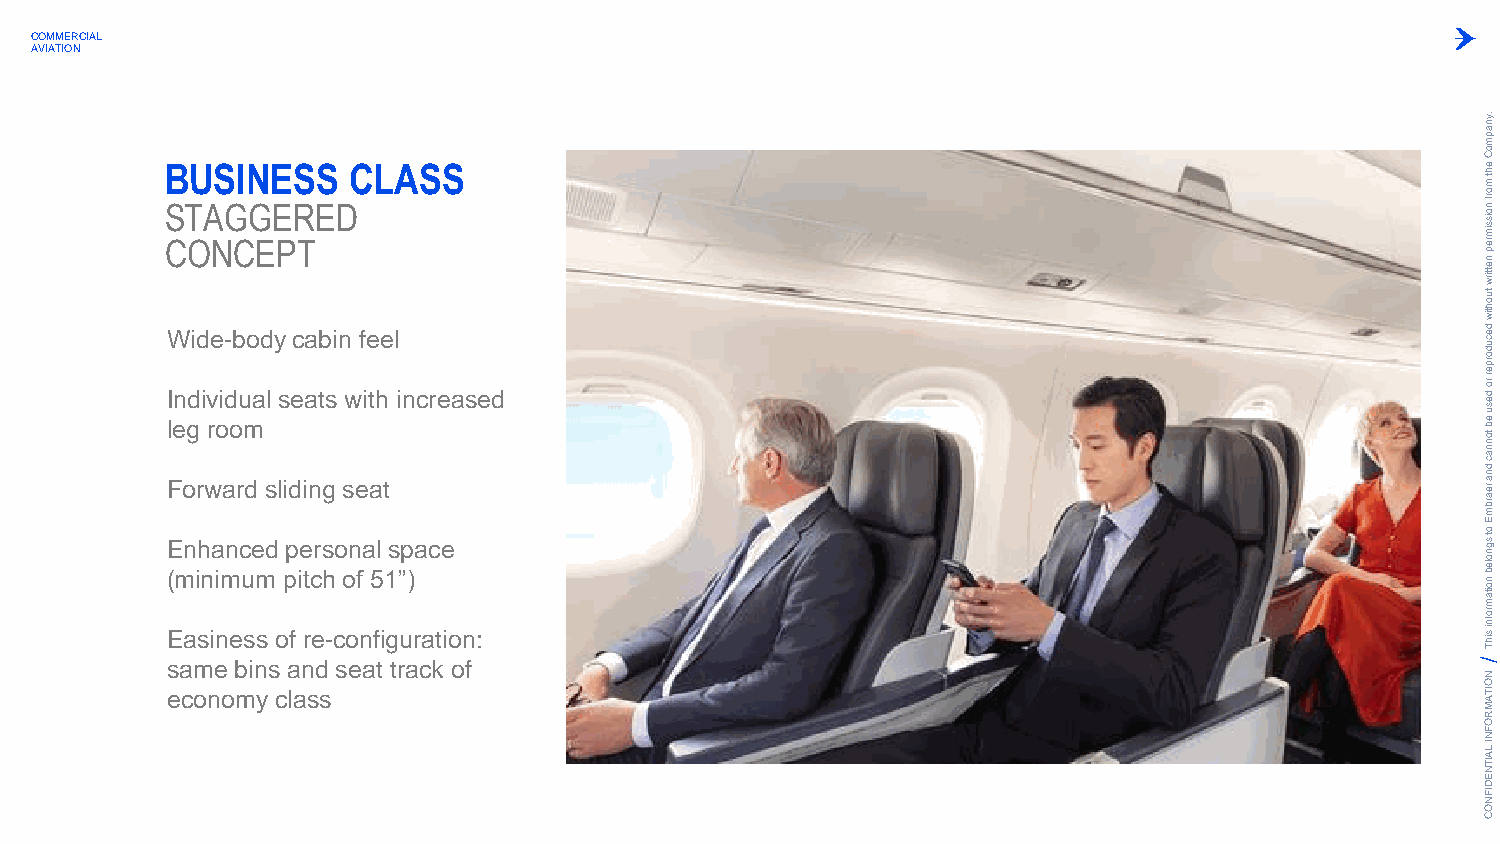
COMMERCIAL
 AVIATION
 .ynapm
 oC
 BUSINESS    CLASS                                                                      eht
 m
 STAGGERED
 orf
 noissim
 CONCEPT                                                                                rep
 nettirw
 tuohtiw
 W
 I
 l
 Fen
 ogdi rd
 i
 wrve
 oi
 a-
 d
 ob
 ru
 m
 do
 a
 d
 sl
 y
 ls
 i
 dec iaa ntb gsi n
 sw
 ef ie
 t
 ahe
 t
 l
 increased
 decudorper
 ro
 desu
 eb
 tonnac
 dna
 rearbm
 E
 E (mn ih na imnc ue md pp ie tcrs ho on fa 5l 1s ”p )ace
 ot
 sgnoleb
 noitam
 Easiness of re-configuration:
 rofni
 sihT
 same bins and seat track of
 N
 O
 economy class                                                                          ITA
 M
 R
 O
 F
 N
 I LA
 IT
 N
 E
 D
 IF
 N
 O
 C